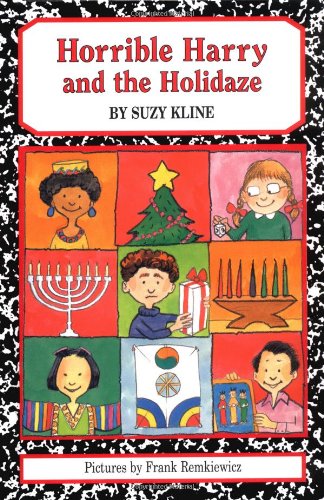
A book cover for Horrible Harry and the Holidaze; Suzy Kline; Children's Books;